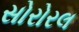
સોરોરલ